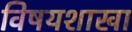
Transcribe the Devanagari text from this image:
विषयशाखा